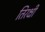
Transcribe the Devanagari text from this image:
तिरक्षी